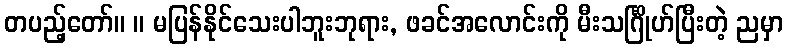
တပည့်တော်။ ။ မပြန်နိုင်သေးပါဘူးဘုရား, ဖခင်အလောင်းကို မီးသင်္ဂြိုဟ်ပြီးတဲ့ ညမှာ